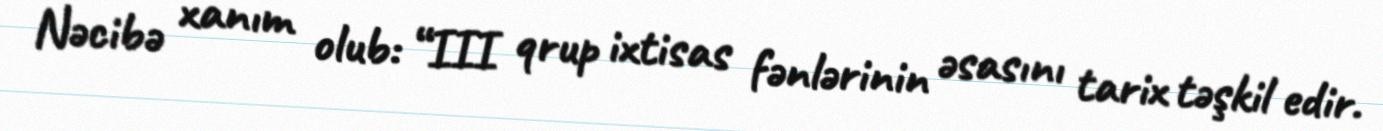
Nəcibə xanım olub: “III qrup ixtisas fənlərinin əsasını tarix təşkil edir.